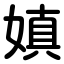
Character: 嫃